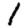
Digit: 1